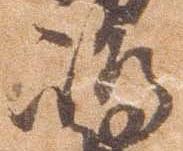
島